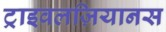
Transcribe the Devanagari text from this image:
ट्राइवलज़ियानस